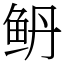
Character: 鿕